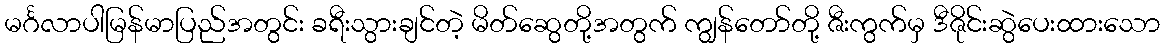
မင်္ဂလာပါမြန်မာပြည်အတွင်း ခရီးသွားချင်တဲ့ မိတ်ဆွေတို့အတွက် ကျွန်တော်တို့ ဇီးကွက်မှ ဒီဇိုင်းဆွဲပေးထားသော